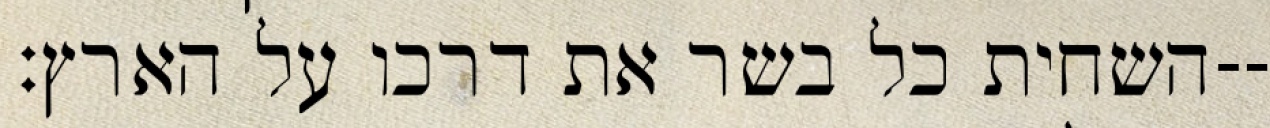
השחית כל בשר את דרכו על הארץ׃--